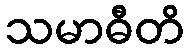
သမာဓီတိ